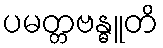
ပမတ္တဗန္ဓူတိ